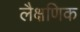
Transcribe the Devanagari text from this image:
लैक्षणिक